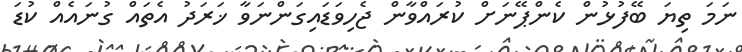
ނަމަ ތިޔަ ބޭފުޅުން ކެންޕޭނަށް ކުރައްވާން ޖެހިވަޑައިގަންނަވާ ޚަރަދު އެތައް ގުނައެއް ކުޑަ